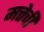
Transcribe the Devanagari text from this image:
मत्तेची